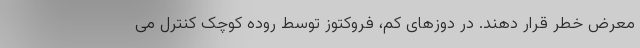
معرض خطر قرار دهند. در دوزهای کم، فروکتوز توسط روده کوچک کنترل می